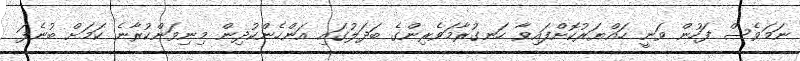
ނަމަވެސް ފަހުން ވަނީ ހައްޔަރުކޮށްފައިވާ ހަނގުރާމަވެރިންގެ ބަދަލުގައި އަންހެންކުދިން މިނިވަންކުރާނެ ކަމަށް ބުނެފަ